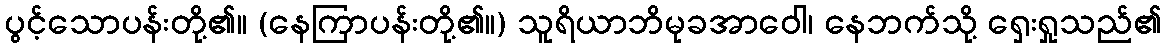
ပွင့်သောပန်းတို့၏။ (နေကြာပန်းတို့၏။) သူရိယာဘိမုခအာဝေါ၊ နေဘက်သို့ ရှေးရှုသည်၏